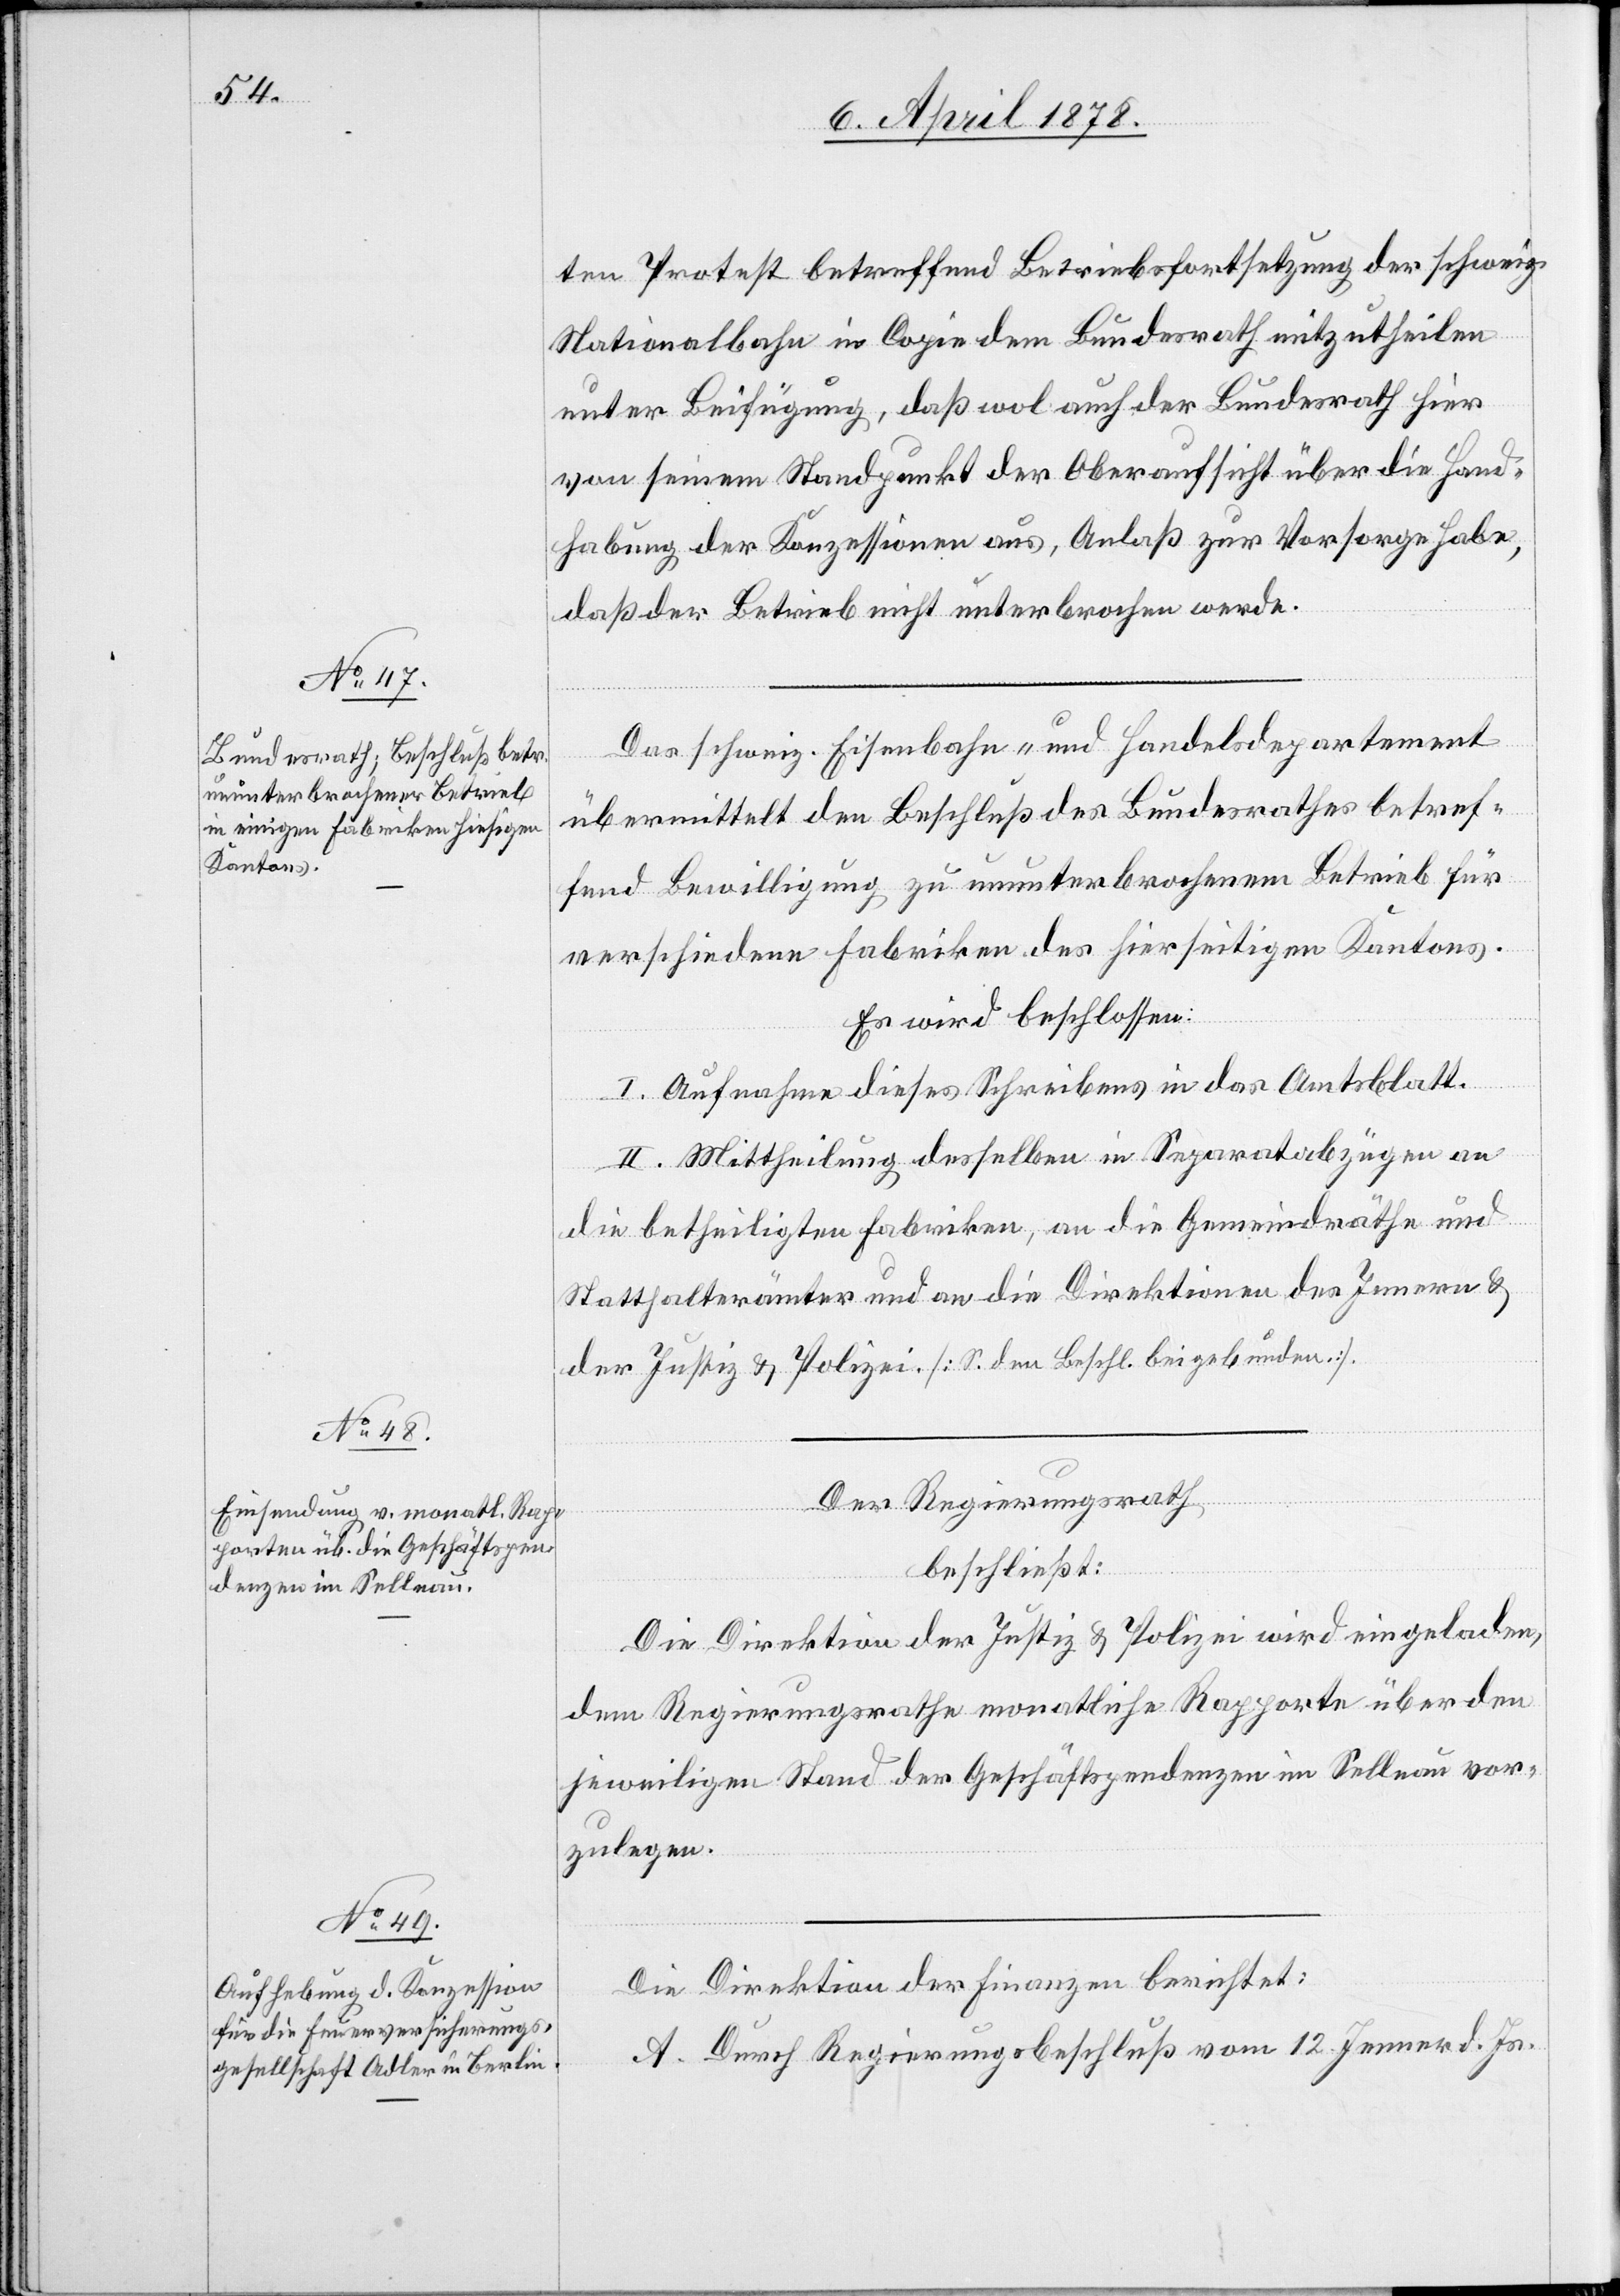
ten Protest betreffend Betriebsfortsetzung der schweiz.
Nationalbahn in Copie dem Bundesrath mitzutheilen
unter Beifügung, daß wol auch der Bundesrath hier
von seinem Standpunkt der Oberaufsicht über die Hand¬
habung der Konzessionen aus, Anlaß zur Vorsorge habe,
daß der Betrieb nicht unterbrochen werde.
Das schweiz. Eisenbahn- und Handelsdepartement
übermittelt den Beschluß des Bundesrathes betref¬
fend Bewilligung zu ununterbrochenem Betrieb für
verschiedene Fabriken des hierseitigen Kantons.
Es wird beschlossen:
I. Aufnahme dieses Schreibens in das Amtsblatt.
II. Mittheilung desselben in Separatabzügen an
die betheiligten Fabriken, an die Gemeindräthe und
Statthalterämter und an die Direktionen des Innern &
der Justiz & Polizei [S. den Beschl. beigebunden.].
Der Regierungsrath
beschließt:
Die Direktion der Justiz & Polizei wird eingeladen,
dem Regierungsrathe monatliche Rapporte über den
jeweiligen Stand der Geschäftspendenzen im Sellnau vor¬
zulegen.
Die Direktion der Finanzen berichtet:
A. Durch Regierungsbeschluß vom 12. Jenner d. Js.